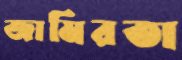
জামিরতা